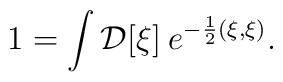
1= \int {\cal D}[\xi] \: e^{-{1\over 2}(\xi, \xi)}.